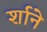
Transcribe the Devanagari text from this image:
र्शाने